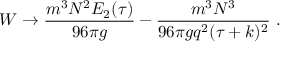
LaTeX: W \to { \frac { m ^ { 3 } N ^ { 2 } E _ { 2 } ( \tau ) } { 9 6 \pi g } } - { \frac { m ^ { 3 } N ^ { 3 } } { 9 6 \pi g q ^ { 2 } ( \tau + k ) ^ { 2 } } } \ .